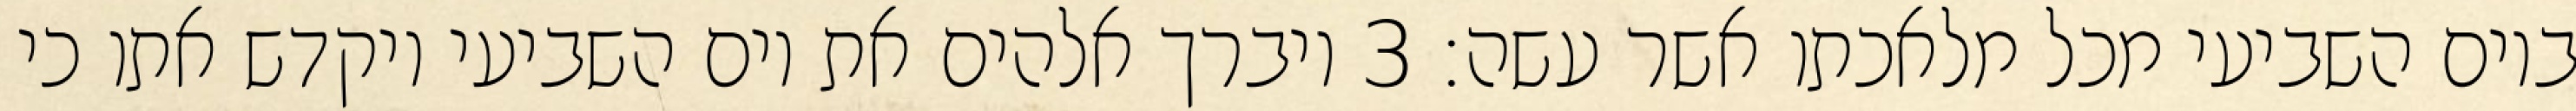
ביום השביעי מכל מלאכתו אשר עשה׃ ‎3‏ ויברך אלהים את יום השביעי ויקדש אתו כי